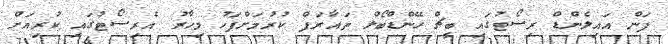
ފަން އައިލެންޑް ރިސޯޓުގައި ބީޗް ހޭންޑްބޯލް ތައާރަފް ކުރުމަށްފަހު މިހާރު އެރިސޯޓުގައި ކުރިއަށް